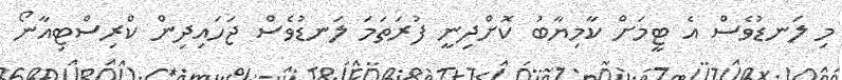
މި ލަނޑުވެސް އެ ޓީމަށް ކާމިޔާބު ކޮށްދިނީ ފުރަތަމަ ލަނޑުވެސް ޖަހައިދިން ކްރިސްޓިއާނޯ